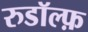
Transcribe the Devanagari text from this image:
रुडॉल्फ़